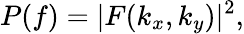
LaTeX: P(f)=|F(k_{x},k_{y})|^{2},